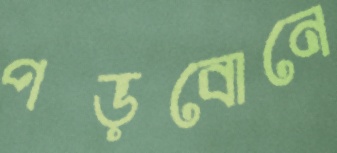
পড়বোনে